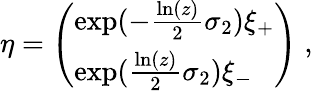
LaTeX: \eta=\left(\begin{array}{l}{{\exp(-\frac{\ln(z)}{2}\sigma_{2})\xi_{+}}}\\ {{\exp(\frac{\ln(z)}{2}\sigma_{2})\xi_{-}}}\end{array}\right)\; ,